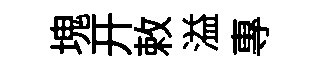
塊开敕溢專